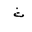
Letter: _tha